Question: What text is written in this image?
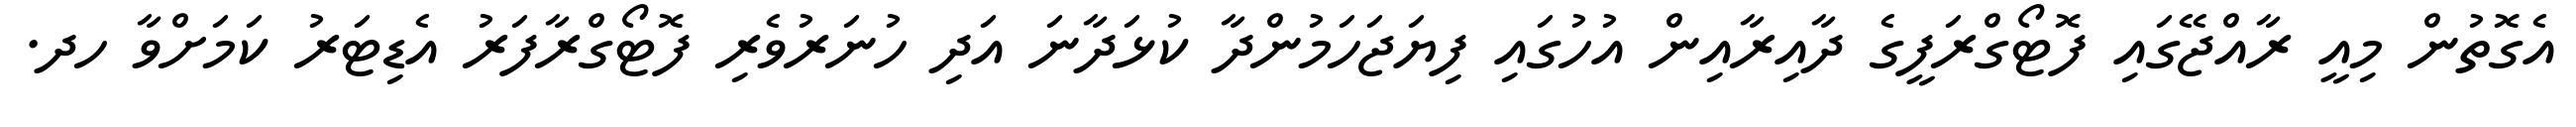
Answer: އެގޮތުން މިއީ ރާއްޖޭގައި ފޮޓޯގްރަފީގެ ދާއިރާއިން އުހުގައި ފިޔަޖަހަމުންދާ ކުޅަދާނަ އަދި ހުނަރުވެރި ފޮޓޯގްރާފަރު އެޑިޓަރު ކަމަށްވާ ހދ.